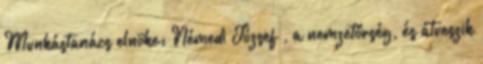
Munkástanács elnöke: Némedi József , a nemzetőrség, és átveszik